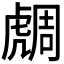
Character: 𧇟